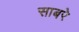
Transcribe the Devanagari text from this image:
साबरे